Annual administration report of the Bombay Presidency - 1887-1892
Year: 1887
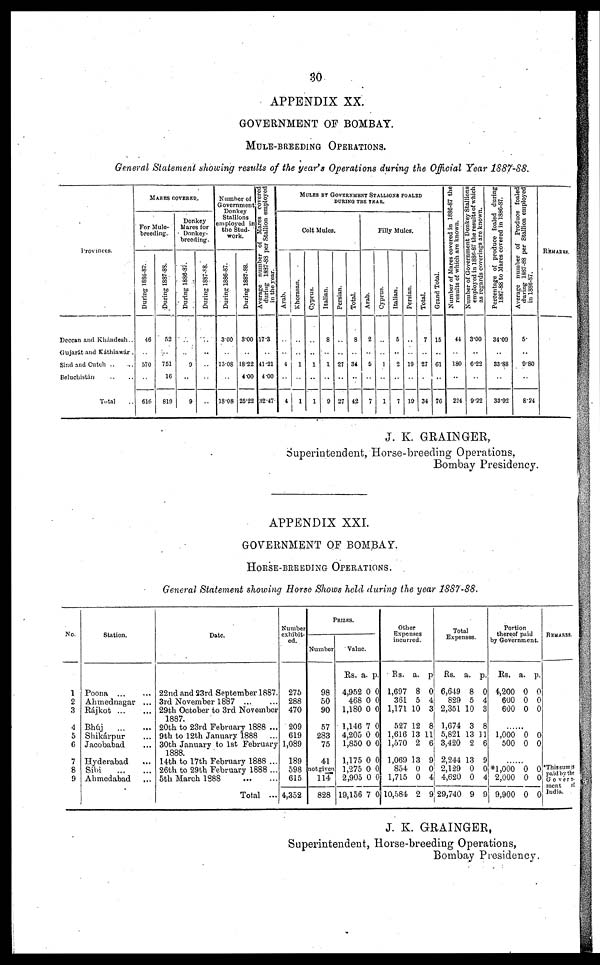
30
APPENDIX XX.
GOVERNMENT OF BOMBAY.
MULE-BREEDING OPERATIONS.
General Statement showing results of the year's Operations during the Official Year 1887-88.
Provinces.
Deccan and Khándesh..
Gujarát and Káthiawár .
Sind and Cutch .. ..
Beluchistin .. ..
Total . .
MARES COVERED.
For Mule-
breeding.
During 1886-87.
46
..
570
..
616
During 1887-88.
52
..
751
16
819
Donkey
Mares for
Donkey-
breeding.
During 1886-87.
..
..
9
..
9
During 1887-88.
..
..
..
..
Number of
Government
Donkey
Stallions
employed in
the Stud-
work.
During 1886-87.
3.00
..
13.08
..
18.08
During 1887-88.
3.00
..
18.22
4 00
25.22
Average number of Mares covered
during 1887-88 per Stallion employed
in the year.
17-3
..
41.21
4.00
32.47
MULES BY GOVERNMENT STALLIONS FOALED
DURING THE YEAR.
Colt Mules.
Arab.
..
..
4
..
4
Khor a s a n.
..
..
1
..
1
Cyprus.
..
..
1
..
1
Italian.
8
..
1
..
9
Persian.
..
..
27
..
27
Total.
8
..
34
..
42
Filly Mules.
Arab.
2
..
5
..
7
Cyprus.
..
..
1
..
1
Italian.
5
..
2
..
7
Persian.
..
..
19
..
19
Total.
7
..
27
..
34
Grand Total.
15
..
61
..
76
Number of Mares covered in 1886-87 the
results of which are known.
44
..
180
..
224
Number of Government Donkey Stallions
employed in 1886-87
the results of which
as regards coverings are known.
3.00
..
6.22
..
9.22
Percentage of produce foaled during
1887-88 to Mares
covered in 1886-87.
34.00
..
33.88
..
33.92
Average
number of Produce foaled
during 1887-88 per Stallion employed
in 1886-87.
5.
..
9.80
..
8.24
REMARKS.
J. K. GRAINGER,
Superintendent, Horse-breeding Operations,
Bombay Presidency.
APPENDIX XXI.
GOVERNMENT OF BOMBAY.
HORSE-BREEDING OPERATIONS.
General Statement showing Horse Shows held during the year 1887-88.
No.
1
2
3
4
5
6
7
8
9
Station.
Poona
... ...
Ahmednagar ...
Rájkot
...
...
Bhúj
...
...
Shikúrpur ...
Jacobabad ...
Hyderabad ...
Sibi
...
...
Ahmedabad ...
Date.
22nd and 23rd September 1887.
3rd November 1887
...
...
29th October to 3rd November
1887.
20th to 23rd February 1888 ...
9th to 12th January 1888
...
30th January to 1st February
1888.
14th to 17th February 1888 ...
26th to 29th February 1888 ...
5th March
1888
...
...
Total ...
Number
exhibit-
ed.
275
288
470
209
619
1,089
189
598
615
4,352
PRIZES.
Number
98
50
90
57
283
75
41
not given
114
828
Value.
Rs.
4,952
468
1,180
1,146
4,205
1,850
1,175
1,275
2,905
19,156
a.
0
0
0
7
0
0
0
0
0
7
p.
0
0
0
0
0
0
0
0
0
0
Other
Expenses
incurred.
Rs.
1,697
361
1,171
527
1,616
1,570
1,069
854
1,715
10,584
a.
8
5
10
12
13
2
13
0
0
2
p
0
4
3
8
11
6
9
0
4
9
Total
Expenses.
Rs.
6,649
829
2,351
1,674
5,821
3,420
2,244
2,129
4,620
29,740
a.
8
5
10
3
13
2
13
0
0
9
p.
0
4
3
8
11
6
9
0
4
9
Portion
thereof paid
by Government.
Rs.
4,200
600
600
a.
0
0
0
p.
0
0
0
......
1,000
500
0
0
0
0
......
*1,000
2,000
9,900
0
0
0
0
0
0
REMARKS.
*This sum is
paid by the
Govern
ment of
India.
J. K. GRAINGER,
Superintendent, Horse-breeding Operations,
Bombay Presidency.